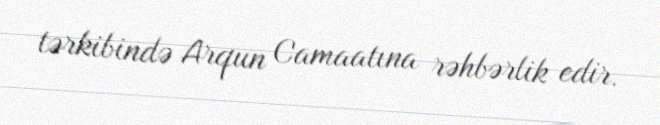
tərkibində Arqun Camaatına rəhbərlik edir.